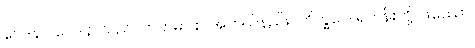
ဝေဒနာ၊ ဝေဒနာသည်။ ကတမာ စ၊ အဘယ်နည်း။ ဘိက္ခဝေ၊ ရဟန်းတို့။ ဖဿော၊